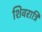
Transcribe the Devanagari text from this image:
शिवरात्रि